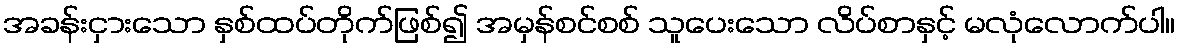
အခန်းငှားသော နှစ်ထပ်တိုက်ဖြစ်၍ အမှန်စင်စစ် သူပေးသော လိပ်စာနှင့် မလုံလောက်ပါ။